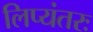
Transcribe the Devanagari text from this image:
लिप्यंतरः